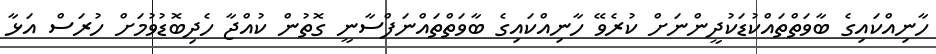
ހާނިއްކައިގެ ބާވަތްތައްކުޑަކުދީންނަށް ކުރެވޭ ހާނިއްކައިގެ ބާވަތްތައްނަފްސާނީ ގޮތުން ކުއްޖާ ހެދިބޮޑުވުމަށް ހުރަސް އަޅާ